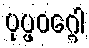
ပုပ္ဖဝဂ္ဂေါ